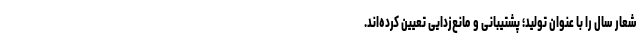
شعار سال را با عنوان تولید؛ پشتیبانی و مانع‌زدایی تعیین کرده‌اند.